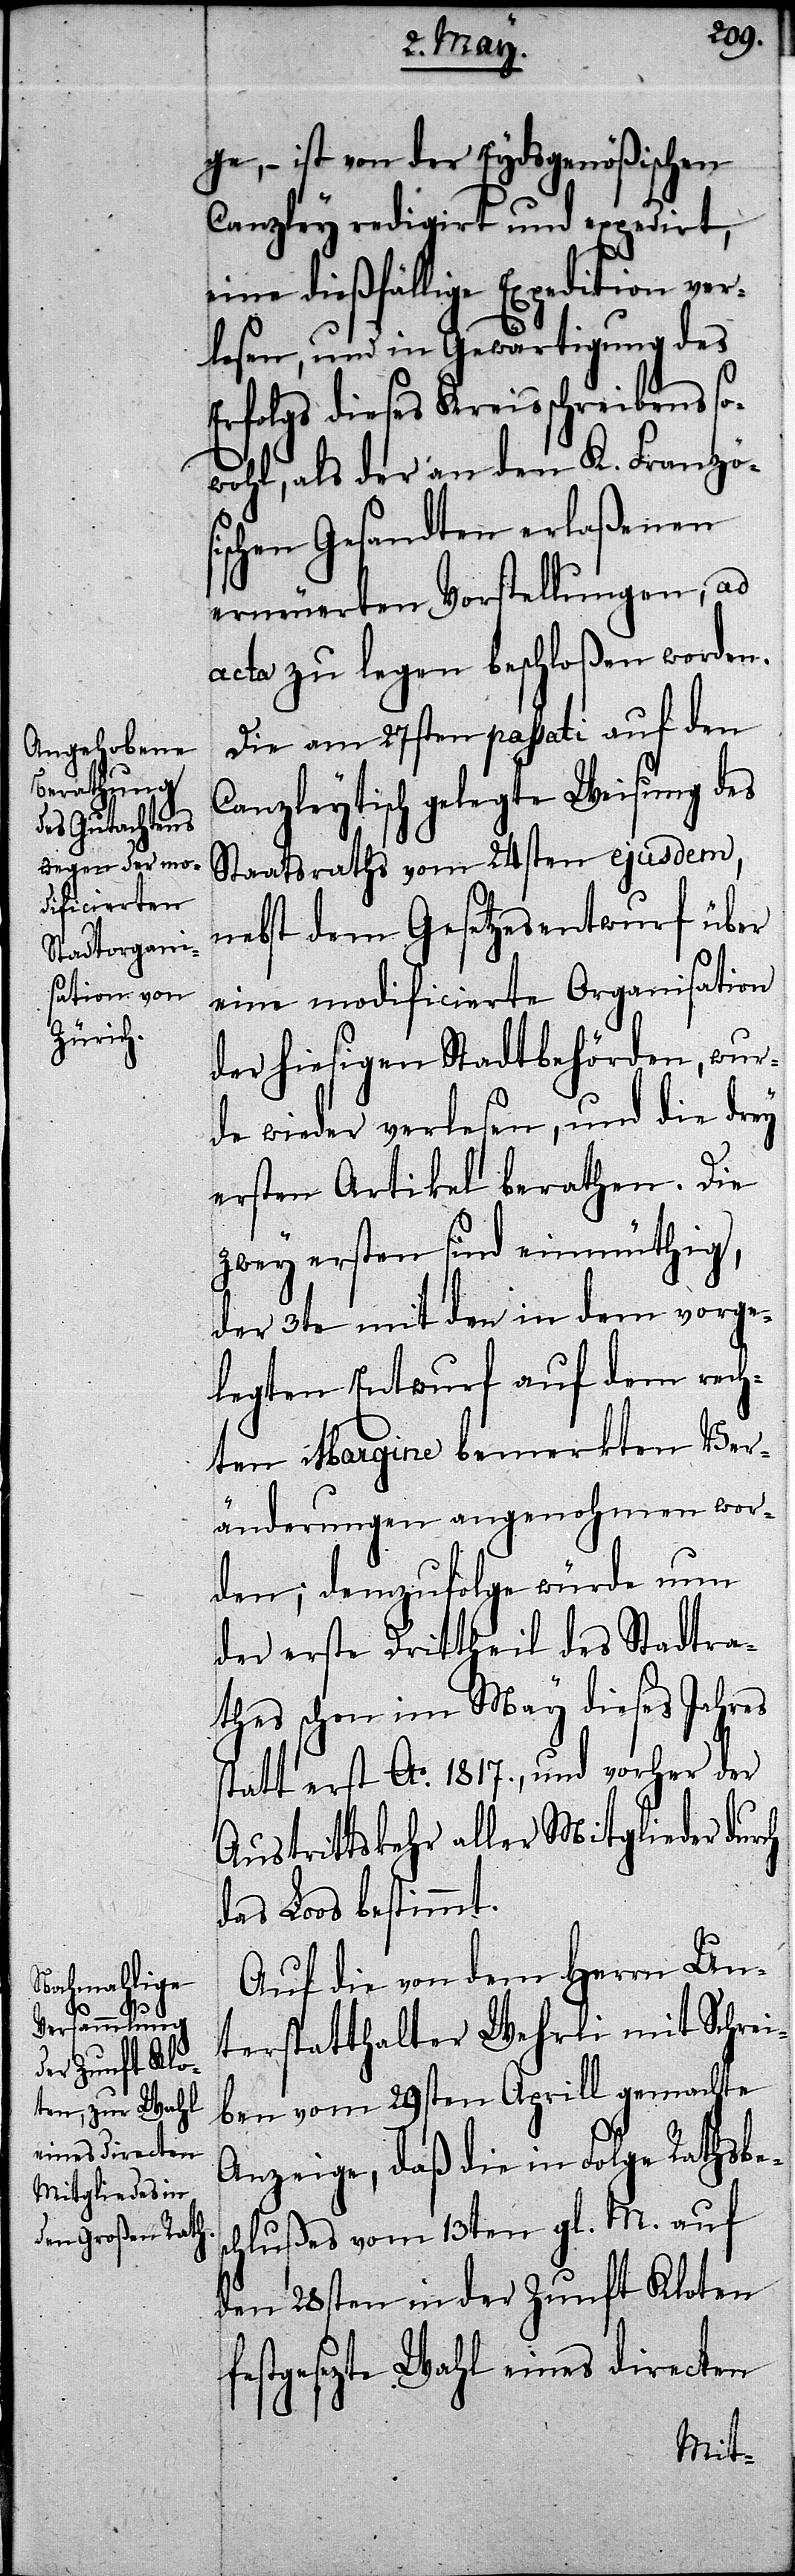
ge, – ist von der Eydsgenößischen
Canzley redigirt und expedirt,
eine dießfällige Expedition ver¬
lesen, und in Gewärtigung des
Erfolgs dieses Kreisschreibens so¬
wohl, als der an den K. Französ¬
ischen Gesandten erlaßenen
erneuerten Vorstellungen, ad
acta zu legen beschloßen worden.
Die am 27sten passati auf den
Canzleytisch gelegte Weisung des
Staatsraths vom 24sten ejusdem,
nebst dem Gesetzesentwurf über
eine modificierte Organisation
der hiesigen Stadtbehörden, wur¬
de wieder verlesen, und die drey
ersten Artikel berathen. Die
zwey ersten sind einmüthig,
der 3te mit den in dem vorge¬
legten Entwurf auf dem rech¬
ten Margine bemerkten Ver¬
änderungen angenohmen wor¬
den; demzufolge würde nun
der erste Drittheil des Stadtra¬
thes schon im May dieses Jahres
statt erst Ao. 1817., und vorher der
Austrittskehr aller Mitglieder durch
das Loos bestimmt.
Auf die von dem Herrn Un¬
terstatthalter Wehrli mit Schrei¬
ben vom 29sten Aprill gemachte
Anzeige, daß die in Folge Rathsbes¬
chlußes vom 13ten gl. M. auf
den 28sten in der Zunft Kloten
festgesezte Wahl eines directen